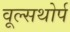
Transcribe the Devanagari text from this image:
वूल्सथोर्प